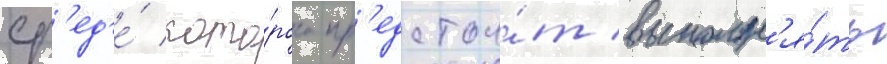
ср'ед'е́ кото́рого пр'едстои́т выполн'я́ть